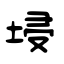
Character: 埐